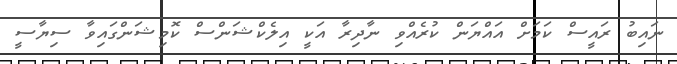
ނައިބު ރައީސް ކަމަށް އައްޔަން ކުރެއްވި ނާދިރާ އަކީ އިލެކްޝަންސް ކޮމިޝަންގައިވާ ސިޔާސީ